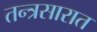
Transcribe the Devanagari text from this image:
तन्त्रसारात